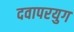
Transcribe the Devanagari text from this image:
दवापरयुग